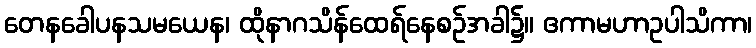
တေနခေါပနသမယေန၊ ထိုနာဂသိန်ထေရ်နေစဉ်အခါ၌။ ဧကာမဟာဥပါသိကာ၊